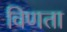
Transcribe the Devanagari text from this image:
विणता